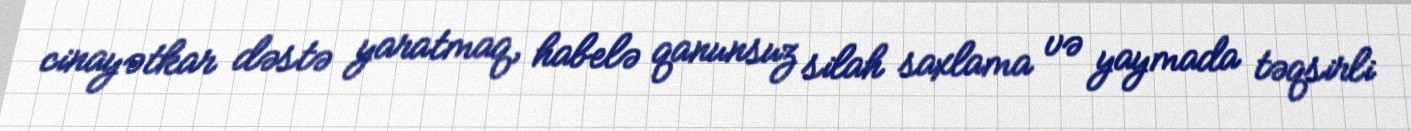
cinayətkar dəstə yaratmaq, habelə qanunsuz silah saxlama və yaymada təqsirli